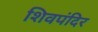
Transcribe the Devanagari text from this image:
शिवपंदिर